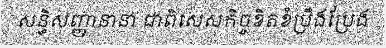
សន្ធិសញ្ញានានា ជាពិសេសកិច្ចខិតខំប្រឹងប្រែង